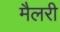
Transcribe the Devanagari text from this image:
मैलरी